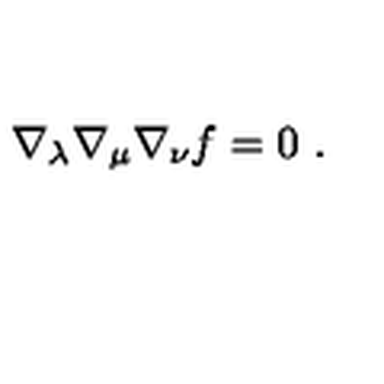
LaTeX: \nabla _ { \lambda } \nabla _ { \mu } \nabla _ { \nu } f = 0 \ .